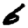
Digit: 6